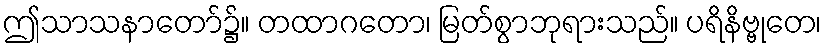
ဤသာသနာတော်၌။ တထာဂတော၊ မြတ်စွာဘုရားသည်။ ပရိနိဗ္ဗုတေ၊